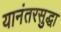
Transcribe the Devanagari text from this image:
यानंतरसुद्धा